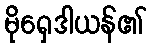
မိုရှေဒါယန်၏